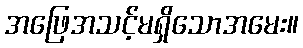
အဖြေအသင့်မရှိသောအမေး။